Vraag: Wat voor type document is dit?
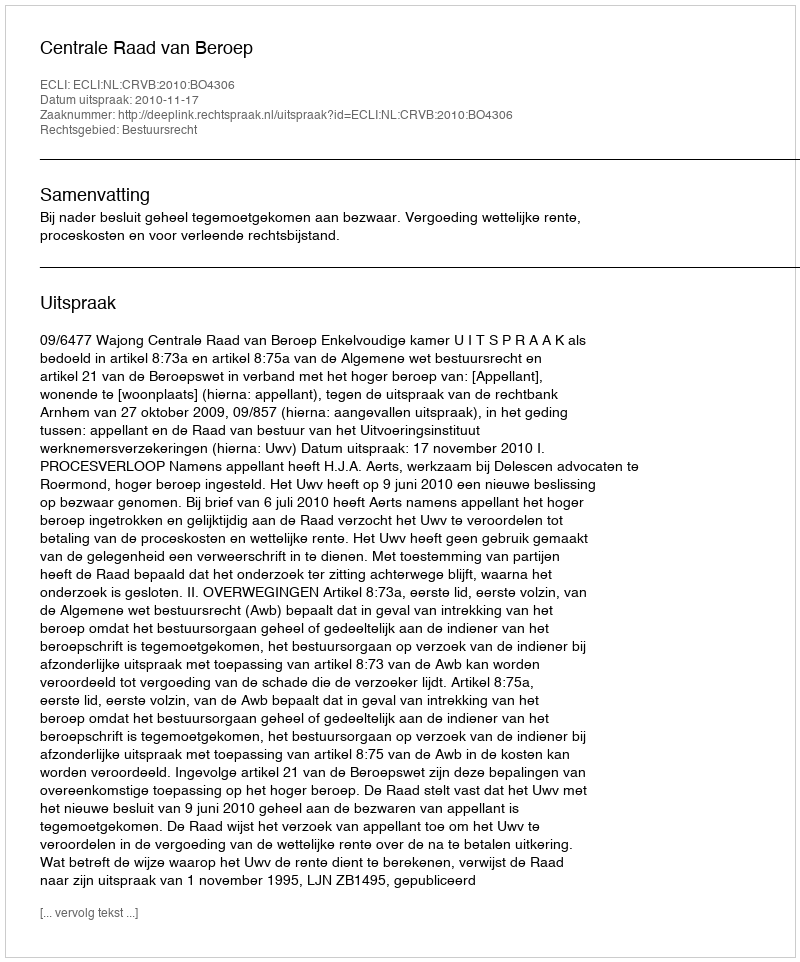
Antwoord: Uitspraak